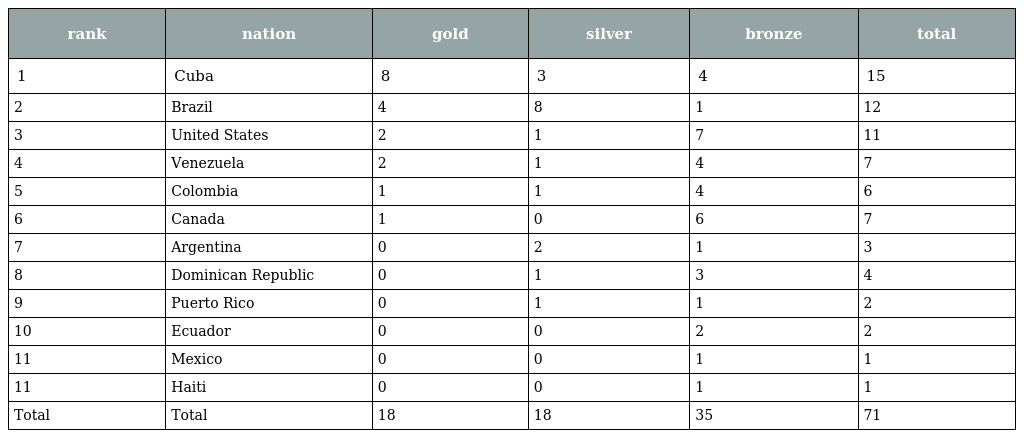
| rank | nation | gold | silver | bronze | total |
 | --- | --- | --- | --- | --- | --- |
 | 1 | Cuba | 8 | 3 | 4 | 15 |
 | 2 | Brazil | 4 | 8 | 1 | 12 |
 | 3 | United States | 2 | 1 | 7 | 11 |
 | 4 | Venezuela | 2 | 1 | 4 | 7 |
 | 5 | Colombia | 1 | 1 | 4 | 6 |
 | 6 | Canada | 1 | 0 | 6 | 7 |
 | 7 | Argentina | 0 | 2 | 1 | 3 |
 | 8 | Dominican Republic | 0 | 1 | 3 | 4 |
 | 9 | Puerto Rico | 0 | 1 | 1 | 2 |
 | 10 | Ecuador | 0 | 0 | 2 | 2 |
 | 11 | Mexico | 0 | 0 | 1 | 1 |
 | 11 | Haiti | 0 | 0 | 1 | 1 |
 | Total | Total | 18 | 18 | 35 | 71 |